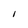
Character: I